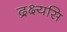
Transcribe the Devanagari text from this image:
द्रक्ष्यसि